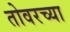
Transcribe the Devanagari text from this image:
तोवरच्या